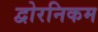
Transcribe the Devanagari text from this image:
द्वोरनिकम